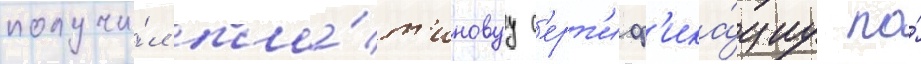
получи́л пла́т'иновуу с'ерт'иф'ика́циу по́